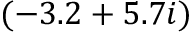
( - 3 . 2 + 5 . 7 i )